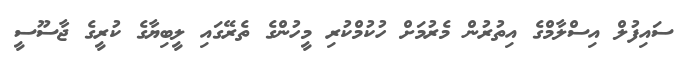
ސައިފުލް އިސްލާމްގެ އިތުރުން މެރުމަށް ހުކުމްކުރި މީހުންގެ ތެރޭގައި ލީބިޔާގެ ކުރީގެ ޖާސޫސީ